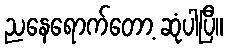
ညနေရောက်တော့ ဆုံပါပြီ။